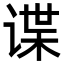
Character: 谍